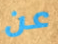
عن